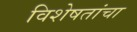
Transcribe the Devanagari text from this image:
विशेषतांचा